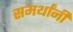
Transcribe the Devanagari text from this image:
समर्थांनीं